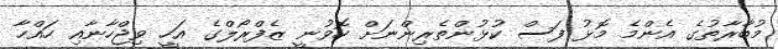
މުބާރާތުގެ އެންމެ މޮޅު ފަސް ކުޅުންތެރިންނަށް ހޮވުނީ ޒެފްރޯލްގެ އަހީ ވިޖްހާނާއި ހައްހާ